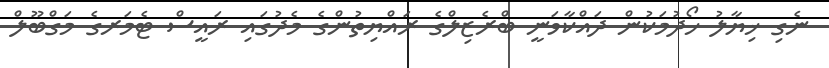
ނެގި ޚިޔާލު ހޯދުމަކުން ދައްކާވަނީ ބްރެޒިލްގެ ރައްޔިތުންގެ މެދުގައި ރައީސް ޓެމަރގެ މަގްބޫލް